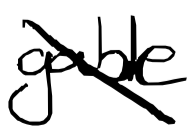
Text: gable
Cross-out: mix
Writing tool: digital_black